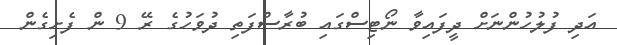
އަދި ފުލުހުންނަށް ދީފައިވާ ނޯޓިސްގައި ބުރާސްފަތި ދުވަހުގެ ރޭ 9 ން ފެށިގެން